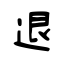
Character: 退